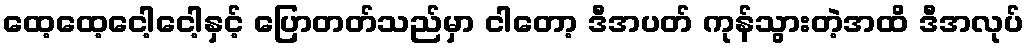
ထေ့ထေ့ငေါ့ငေါ့နှင့် ပြောတတ်သည်မှာ ငါတော့ ဒီအပတ် ကုန်သွားတဲ့အထိ ဒီအလုပ်